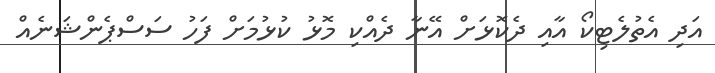
އަދި އެތުލެޓިކޯ އާއި ދެކޮޅަށް އޭނާ ދެއްކި މޮޅު ކުޅުމަށް ފަހު ސަސްޕެންޝަނެއް